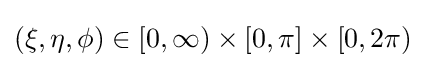
(\xi ,\eta ,\phi )\in [0,\infty )\times [0,\pi ]\times [0,2\pi )